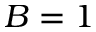
B = 1